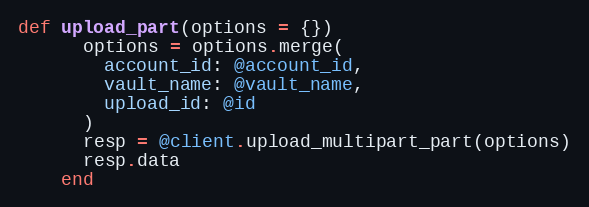
Language: Ruby
def upload_part(options = {})
      options = options.merge(
        account_id: @account_id,
        vault_name: @vault_name,
        upload_id: @id
      )
      resp = @client.upload_multipart_part(options)
      resp.data
    end